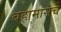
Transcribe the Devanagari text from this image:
बहामासचे